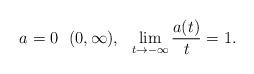
LaTeX: \begin{align*} a=0 \ \ (0,\infty), \ \ \lim_{t\to -\infty}\frac{a(t)}{t}=1.\end{align*}